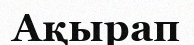
Ақырап